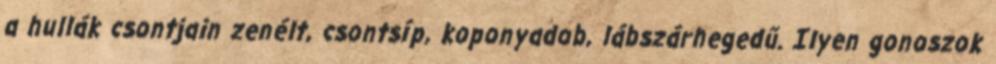
a hullák csontjain zenélt, csontsíp, koponyadob, lábszárhegedű. Ilyen gonoszok